Vaccination in Bombay 1889-1901 - 1889-1901
Year: 1889
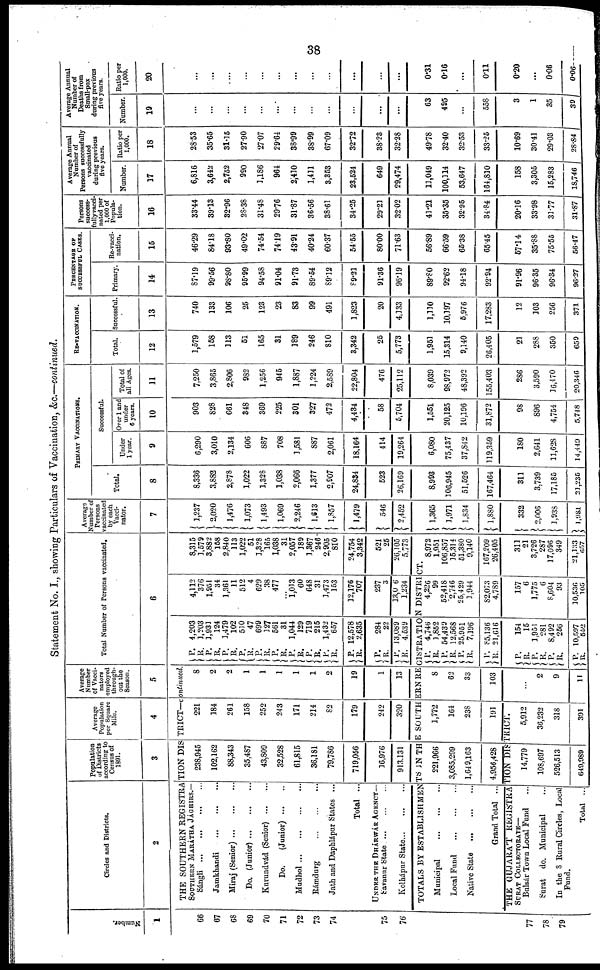
38
Statement No. I., showing Particulars of Vaccination, &c.—continued.
Number.
1
66
67
68
69
70
71
72
73
74
75
76
77
78
79
Circles and Districts.
2
Population
of Districts
according to
Census of
1891.
3
Average
Population
per Square
Mile.
4
Average
Number
of Vacci¬
nators
employed
through¬
out the
Season.
5
THE SOUTHERN REGISTRATION DISTRICT—continued
SOUTHERN MARÁTHA JÁGHIRS.—
Sángli
...
...
...
...
Jamkhandi
...
...
...
Miraj (Senior)
...
...
...
Do. (Junior)
...
...
...
Kurundvád (Senior)
...
...
Do.
(Junior) ... ...
Mudhol
...
...
...
...
Rámdurg
...
...
...
Jath and Daphlápur States ...
Total ...
UNDER THE DHÁRWÁR AGENCY—
Savanur State ... ... ...
Kolhápur State
...
...
...
238,945
102,162
88,343
35,487
43,809
32,528
61,815
36,181
79,786
719,056
16,976
913.131
221
184
261
158
252
243
171
214
82
179
242
320
8
2
2
1
1
1
1
1
2
19
1
13
Total Number of Persons vaccinated.
6
P.
R.
P.
R. P.
R.
P.
R.
P.
R. P.
R.
P.
R.
P. R.
P.
R.
P.
R.
P.
R.
P.
R.
4,203
1,203
1,931
124
1,479
102
510
47
699
127
561
31
1,044
129
719
215
1,432
657
12,578
2,635
284
22
13,089
4,639
4,112
376
1,951
34
1,361
11
512
4
629
38
477
...
1,013
60
648
31
3,473
153
12,176
707
237
3
13,006
1,234
8,315
3,579
3,882
158
2,840
113
1,022
51
3,328
165
1,038
31
2,057
389
3,367
246
2,905
810
24,754
3,342
521
25
26,105
5,773
TOTALS BY ESTABLISHMENTS IN THE SOUTHERN REGISTRATION DISTRICT.
Municipal
...
...
...
Local Fund ... ... ...
Native State
...
...
...
Grand Total ...
221,966
3,085,299
1,649,163
4,956,428
1,772
164
238
191
THE GUJARÁT REGISTRATION DISTRICT.
Bulsár Town Local Fund ...
Surat do. Municipal ...
In the 8 Rural Circles, Local
Fund.
Total ...
14,779
108,697
526,513
649,989
5,912
36,232
318
391
8
62
33
103
...
2
9
11
P.
R. P.
R.
P.
R.
P.
R.
P.
R.
P.
R.
P.
R.
P.
R.
4,746
1,852
54,439
12,568
25,951
7,196
85,136
21,616
154
15
1,951
281
8,492
256
10,597
552
4,226
99
52,418
2,746
25,429
1,944
82,073
4,789
157
6
1,775
6
8,604
93
30,536
105
8,972
1,951
106,857
15,314
51,380
9,140
167,209
26,405
311
21
3,726
287
17,096
349
21,133
657
Average
Number of
Persons
vaccinated
by each
Vacci¬
nator.
7
1,237
2,020
1,476
1,073
1,493
1,069
2,246
1,613
1,857
1,479
546
2,452
1,365
1,971
1,834
1,880
332
2,006
3,938
1,981
PRIMARY VACCINATIONS.
Total.
8
8,336
3,882
2,878
1,022
1,328
1,038
2,066
1,377
2,907
24,834
523
26,169
8,993
106,945
51,526
167,464
311
3,739
17,185
21,235
Successful.
Under
1 year.
9
6,290
3,010
2,134
606
887
708
3,581
887
2,061
18,164
414
19,264
6,080
75,437
37,842
319,359
180
2,641
11,628
14,449
Over 1 and
under
6 years.
10
903
828
661
348
369
225
301
327
472
4,434
58
5,704
1,551
20,125
10,196
31,872
98
896
4,754
5,748
Total of
all Ages.
11
7,250
3,865
2,806
982
1,256
945
1,887
1,224
2,589
22,804
476
25,112
8,039
98,972
48,392
155,403
286
3,590
36,470
20,346
RE-VACCINATION.
Total.
12
1,579
158
113
51
165
31
189
246
810
3,342
25
5,773
1,951
15,314
9,140
26,405
21
288
350
659
Successful.
13
740
133
106
25
123
23
83
99
491
1,823
20
4,133
1,110
10,397
5,976
17,283
12
103
256
371
PERCENTAGE OF
SUCCESSFUL CASES.
Primary.
14
87.19
99.56
98.80
95.99
94.58
91.04
91.73
89.54
89.12
89.21
91.36
96.19
89.80
92.62
94.18
92.94
91.96
96.35
96.34
96.27
Re-vacci-
nation.
15
46.29
84.18
93.80
49.02
74.54
74.19
43.91
40.24
60.37
54.55
80.00
71.63
56.89
66.59
65.38
65.45
57.14
35.88
75.55
56.47
Persons
success¬
fully vacci¬
nated per
1,000 of
Popula-
tion.
16
33.44
39.13
32.96
28.38
31.48
29.76
31.87
36.56
38.61
34.25
29.23
32.02
43.21
35.35
32.95
34.84
20.16
33.98
31.77
31.87
Average Annual
Number of
Persons successfully
vaccinated
during previous
five years.
Number.
17
6,816
3,642
2,752
990
3,186
964
2,410
1,411
3,353
23,524
649
29,474
11,049
100,114
53,647
164,810
158
3,305
15,283
18,746
Ratio per
1,000.
18
28.53
35.65
31.35
27.90
27.07
29.64
38.99
38.99
67.09
32.72
38.23
32.28
49.78
32.40
32.53
33.25
10.69
30.41
29.03
28.84
Average Annual
Number of
Deaths from
Small-pox
during previous
five years.
Number.
19
...
...
...
...
...
...
...
...
...
...
...
...
63
495
...
558
3
1
35
39
Ratio per
1,000.
20
...
...
...
...
...
...
...
...
...
...
...
...
0.31
0.16
...
0.11
0.20
...
0.06
0.06